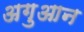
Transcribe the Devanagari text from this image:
अगुआन